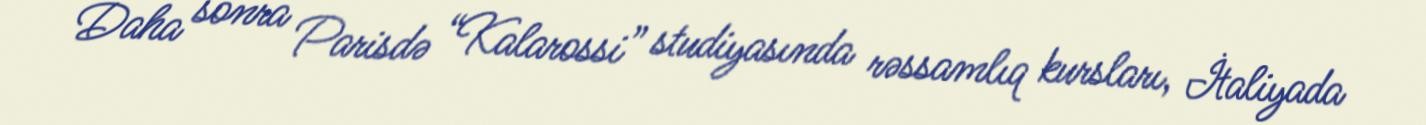
Daha sonra Parisdə “Kalarossi” studiyasında rəssamlıq kursları, İtaliyada